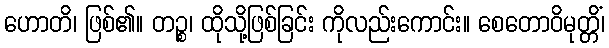
ဟောတိ၊ ဖြစ်၏။ တဉ္စ၊ ထိုသို့ဖြစ်ခြင်း ကိုလည်းကောင်း။ စေတောဝိမုတ္တိံ၊